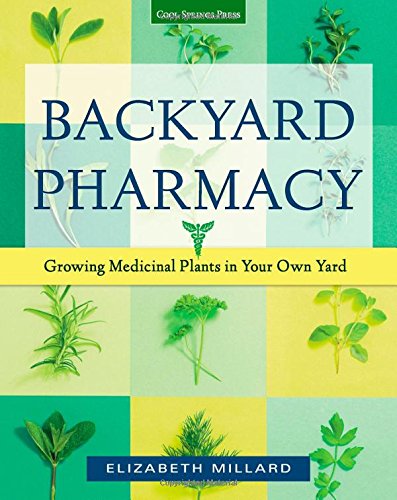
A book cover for Backyard Pharmacy: Growing Medicinal Plants in Your Own Yard; Elizabeth Millard; Crafts, Hobbies & Home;